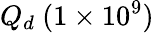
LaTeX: Q_{d}~(1\times 10^{9})